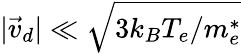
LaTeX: \vert\vec{v}_{d}\vert\ll\sqrt{3k_{B}T_{e}/m_{e}^{*}}